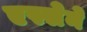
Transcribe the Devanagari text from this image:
एस्सेने